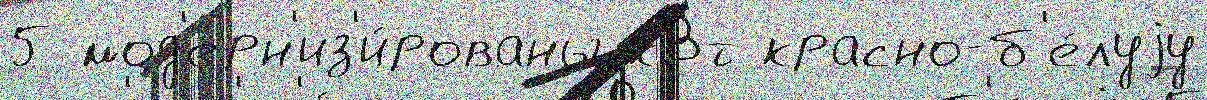
5 мод'ерн'из'и́рованы кВт красно-б'е́луjу